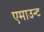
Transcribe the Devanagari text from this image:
एमाउन्ट